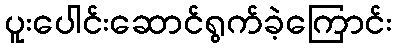
ပူးပေါင်းဆောင်ရွက်ခဲ့ကြောင်း